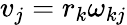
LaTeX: v_{j}=r_{k}\omega_{kj}